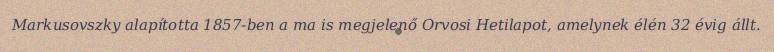
Markusovszky alapította 1857-ben a ma is megjelenő Orvosi Hetilapot, amelynek élén 32 évig állt.